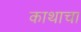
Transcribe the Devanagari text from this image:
काथाचा